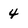
Character: 4